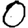
Digit: 0